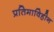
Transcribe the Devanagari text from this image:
प्रतिमाविहीन